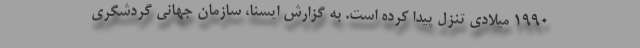
۱۹۹۰ میلادی تنزل پیدا کرده است. به گزارش ایسنا، سازمان جهانی گردشگری